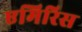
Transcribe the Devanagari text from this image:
एमिरिस